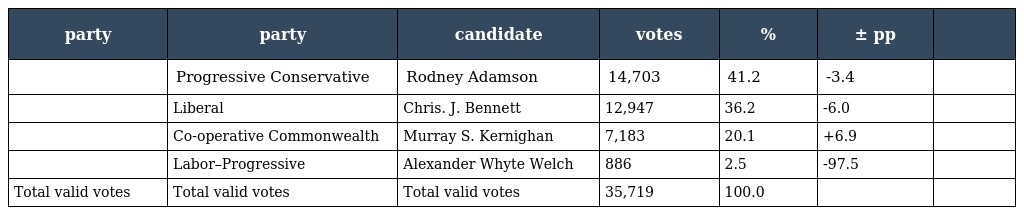
| party | party | candidate | votes | % | ± pp |  |
 | --- | --- | --- | --- | --- | --- | --- |
 |  | Progressive Conservative | Rodney Adamson | 14,703 | 41.2 | -3.4 |  |
 |  | Liberal | Chris. J. Bennett | 12,947 | 36.2 | -6.0 |  |
 |  | Co-operative Commonwealth | Murray S. Kernighan | 7,183 | 20.1 | +6.9 |  |
 |  | Labor–Progressive | Alexander Whyte Welch | 886 | 2.5 | -97.5 |  |
 | Total valid votes | Total valid votes | Total valid votes | 35,719 | 100.0 |  |  |